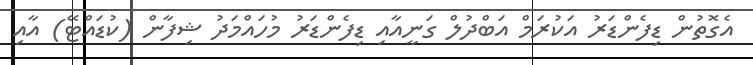
އެގޮތުން ޑިފެންޑަރު އަކުރަމް އަބްދުލް ގަނީއާއި ޑިފެންޑަރު މުހައްމަދު ޝިފާން (ކުޑައްޓޭ) އާއި